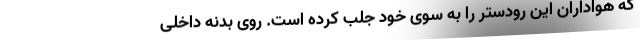
که هواداران این رودستر را به سوی خود جلب کرده است. روی بدنه داخلی